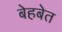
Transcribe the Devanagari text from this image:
बेहबेत